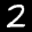
Label: 2